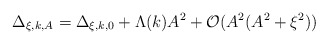
\begin{align*}\Delta_{\xi,k,A}=\Delta_{\xi,k,0}+\Lambda(k)A^2+\mathcal{O}(A^2(A^2+\xi^2))\end{align*}